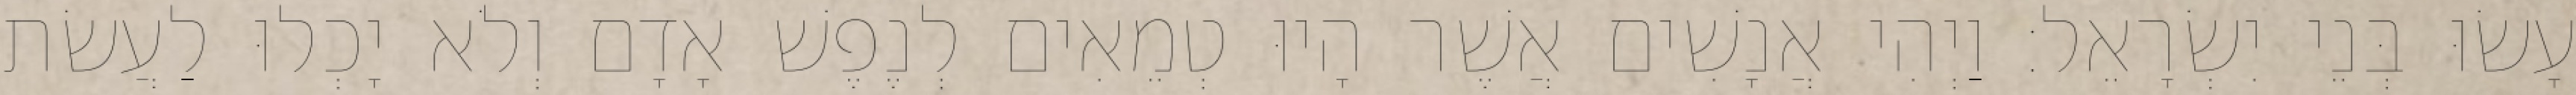
עָשׂוּ בְּנֵי יִשְׂרָאֵל׃ וַיְהִי אֲנָשִׁים אֲשֶׁר הָיוּ טְמֵאִים לְנֶפֶשׁ אָדָם וְלֹא יָכְלוּ לַעֲשׂת